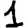
Digit: 1